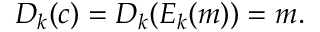
D _ { k } ( c ) = D _ { k } ( E _ { k } ( m ) ) = m .